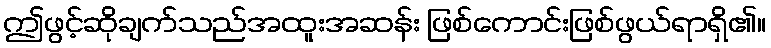
ဤဖွင့်ဆိုချက်သည်အထူးအဆန်း ဖြစ်ကောင်းဖြစ်ဖွယ်ရာရှိ၏။